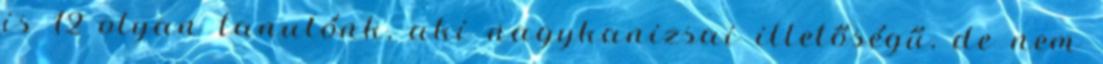
is 12 olyan tanulónk, aki nagykanizsai illetőségű, de nem